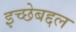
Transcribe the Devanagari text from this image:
इच्छेबद्दल